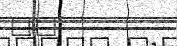
٣٨